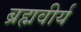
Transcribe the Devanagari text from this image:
ब्रह्मवीर्य